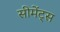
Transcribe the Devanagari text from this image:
सीमेंट्स